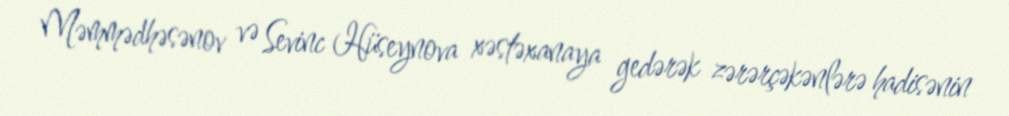
Məmmədhəsənov və Sevinc Hüseynova xəstəxanaya gedərək zərərçəkənlərə hadisənin